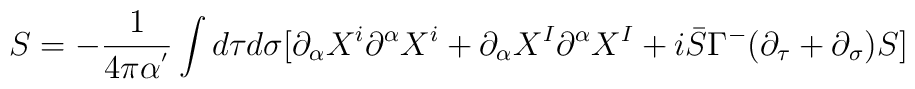
S=-\frac{1}{4\pi\alpha^{'}}\int d\tau d\sigma[\partial_{\alpha}X^{i}\partial^{\alpha}X^{i}+\partial_{\alpha}X^{I}\partial^{\alpha}X^{I}+i\bar{S}\Gamma^{-}(\partial_{\tau}+\partial_{\sigma})S]